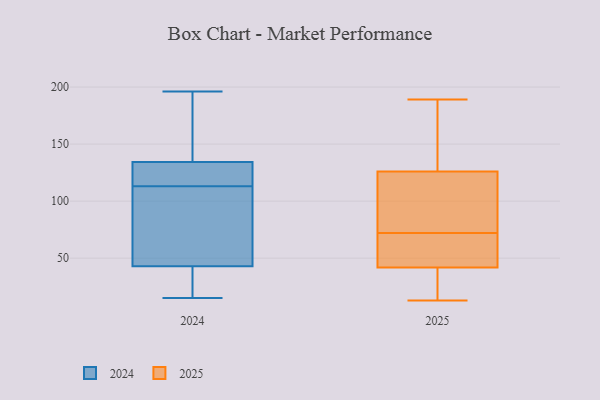
{"axis": {"x": "Inventory Turnover", "y": "Value"}, "legend": ["2024", "2025"], "data": [{"x": "", "y": 45, "type": "2024"}, {"x": "", "y": 37, "type": "2024"}, {"x": "", "y": 138, "type": "2024"}, {"x": "", "y": 58, "type": "2024"}, {"x": "", "y": 133, "type": "2024"}, {"x": "", "y": 132, "type": "2024"}, {"x": "", "y": 196, "type": "2024"}, {"x": "", "y": 32, "type": "2024"}, {"x": "", "y": 113, "type": "2024"}, {"x": "", "y": 130, "type": "2024"}, {"x": "", "y": 15, "type": "2024"}, {"x": "", "y": 149, "type": "2024"}, {"x": "", "y": 81, "type": "2024"}, {"x": "", "y": 33, "type": "2025"}, {"x": "", "y": 144, "type": "2025"}, {"x": "", "y": 189, "type": "2025"}, {"x": "", "y": 54, "type": "2025"}, {"x": "", "y": 72, "type": "2025"}, {"x": "", "y": 13, "type": "2025"}, {"x": "", "y": 143, "type": "2025"}, {"x": "", "y": 41, "type": "2025"}, {"x": "", "y": 90, "type": "2025"}, {"x": "", "y": 186, "type": "2025"}, {"x": "", "y": 127, "type": "2025"}, {"x": "", "y": 110, "type": "2025"}, {"x": "", "y": 44, "type": "2025"}, {"x": "", "y": 31, "type": "2025"}, {"x": "", "y": 52, "type": "2025"}, {"x": "", "y": 66, "type": "2025"}, {"x": "", "y": 18, "type": "2025"}, {"x": "", "y": 99, "type": "2025"}, {"x": "", "y": 123, "type": "2025"}]}